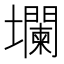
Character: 𱘘